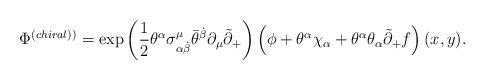
LaTeX: \begin{align*}\Phi ^{\left( chiral)\right) }=\exp \left( \frac 12\theta ^\alpha \sigma_{\alpha \dot{\beta}}^\mu \bar{\theta}^{\dot{\beta}}\partial _\mu \tilde{\partial}_{+}\right) \left( \phi +\theta ^\alpha \chi _\alpha +\theta^\alpha \theta _\alpha \tilde{\partial}_{+}f\right) (x,y).\end{align*}